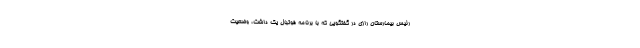
رئیس بیمارستان رازی در گفتگویی که با برنامه فوتبال یک داشت، وضعیت